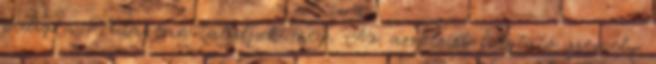
pedig a Védákban találjuk meg. Az aszkézist folytató személy